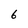
Character: 6